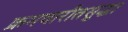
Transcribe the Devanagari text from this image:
क्रमवारीतसुद्धा